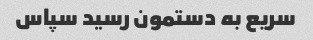
سریع به دستمون رسید سپاس